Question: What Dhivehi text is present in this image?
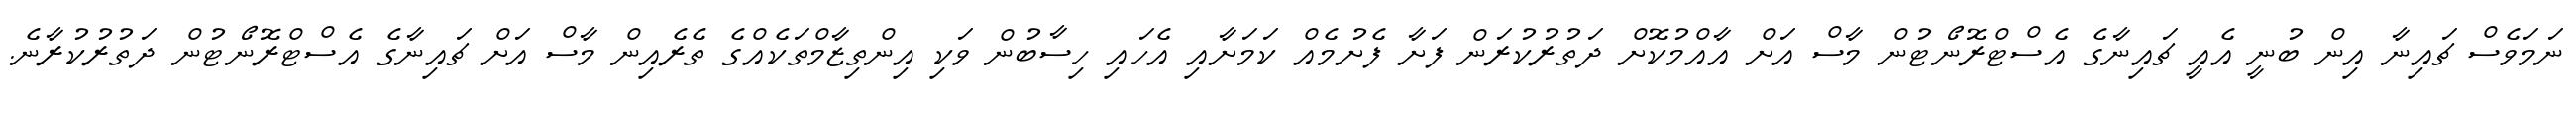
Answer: ނަމަވެސް ޗައިނާ އިން ބުނީ އެއީ ޗައިނާގެ އެސްޓްރޮނޯޓުން މާސް އަށް އާއްމުކޮށް ދަތުރުކުރަން ފަށާ ފެށުމެއް ކަމަށާއި އެހައި ހިސާބުން ވަކި އިންތިޒާމްތަކެއްގެ ތެރެއިން މާސް އަށް ޗައިނާގެ އެސްޓްރޮނޯޓުން ދަތުރުކުރާނެ.